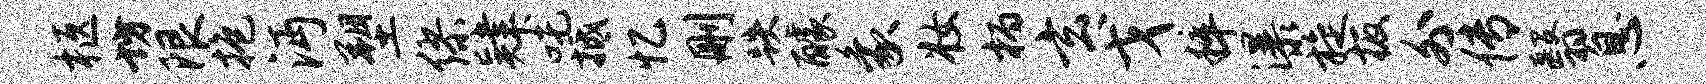
柩坊限抱沔塑缪肄吒抵忆删跌醵象妆柄玄戈粹瀑旋板外传翳息